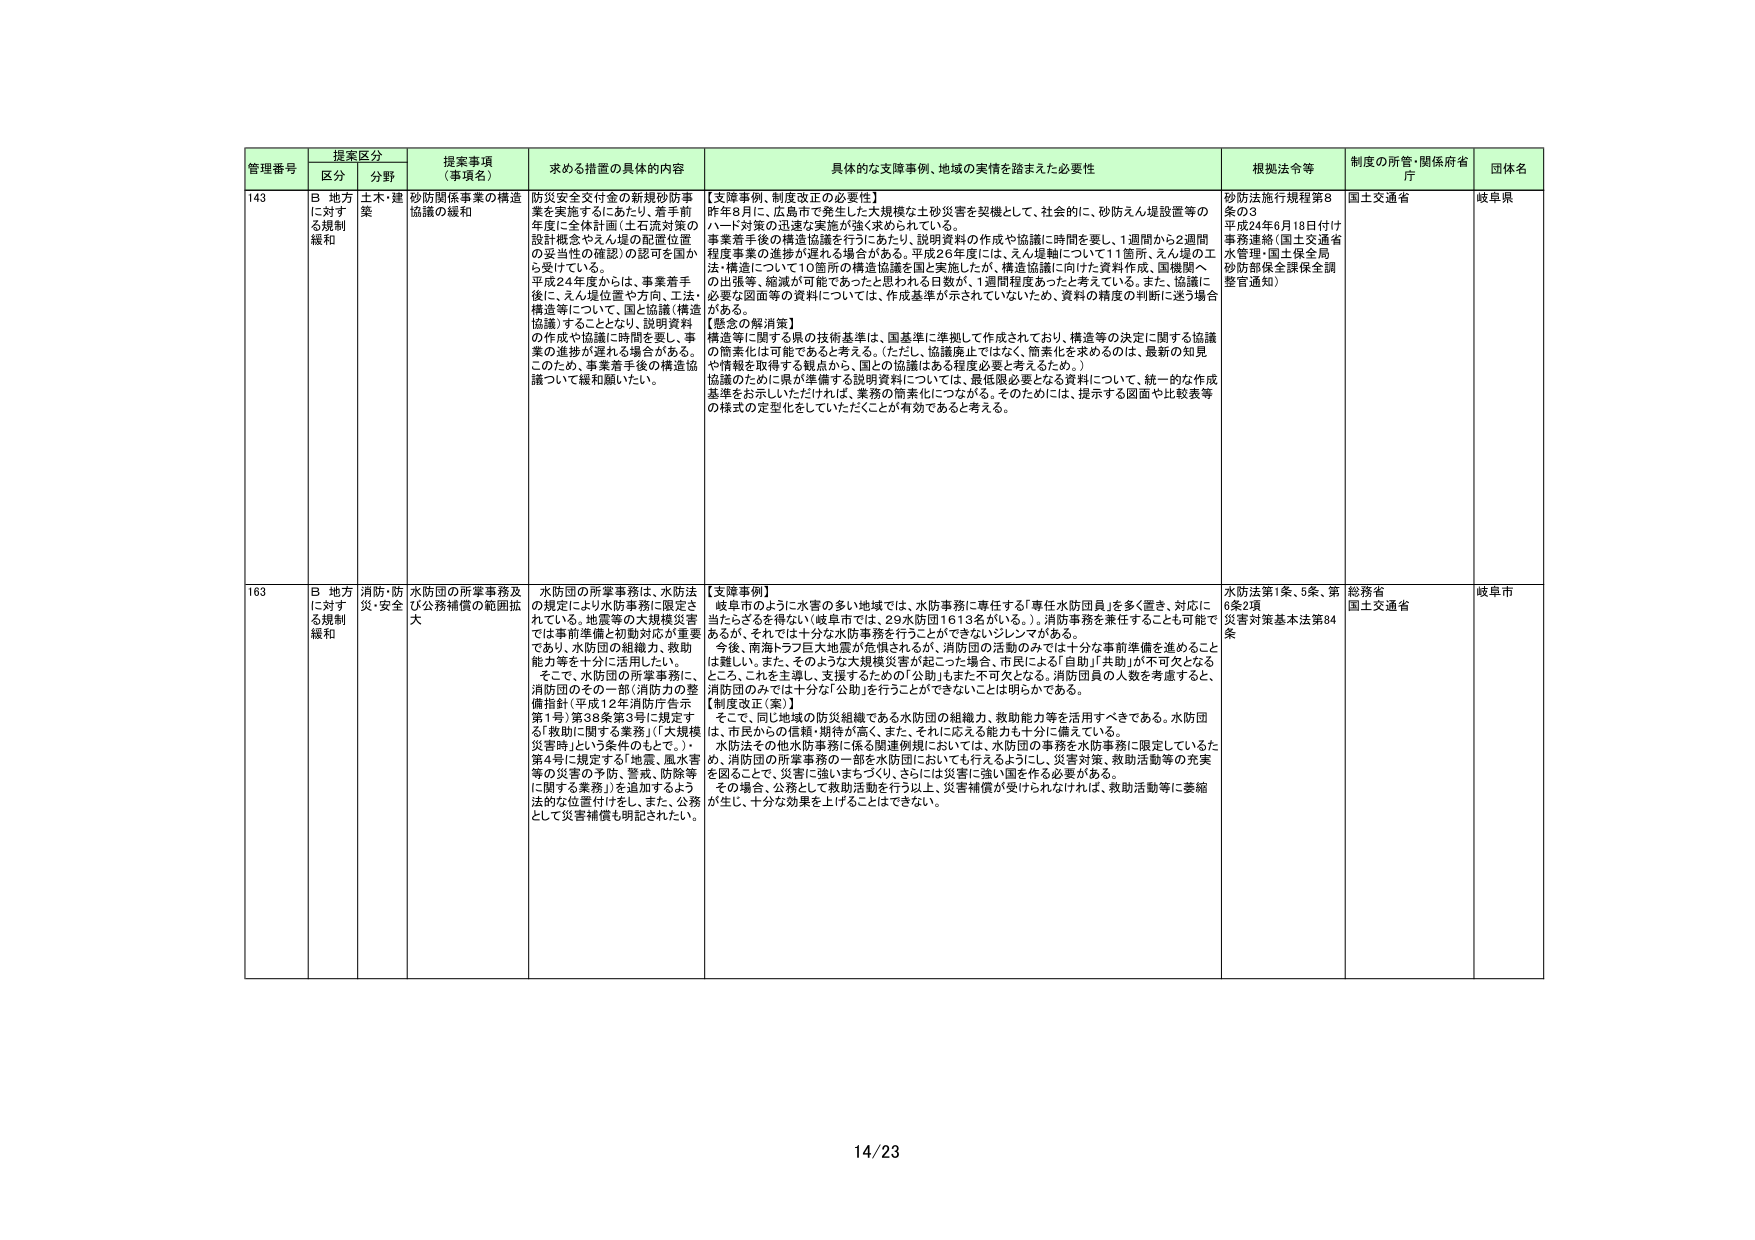
管理番号 提案区分 提案事項（事項名） 求める措置の具体的内容 具体的な支援事例、地域の実情を踏まえた必要性 根拠法令等 制度の所管・関係府省庁 団体名
区分 分野
143 B 地方に対する規制緩和 土木・建築 砂防関係事業の構造協議の緩和 防災安全交付金の新規砂防事業を実施するにあたり、着手前年度に全体計画（土石流対策の設計概念やえん堤の配置位置の妥当性の確認）の認可を国から受けている。平成24年度からは、事業着手後に、えん堤位置や方向、工法・構造等について、国と協議（構造協議）することとなり、説明資料の作成や協議に時間を要し、事業の進捗が遅れる場合がある。このため、事業着手後の構造協議について緩和願いたい。 【支援事例、制度改正の必要性】
昨年8月に、広島市で発生した大規模な土砂災害を契機として、社会的に、砂防えん堤設置等のハード対策の迅速な実施が強く求められている。
事業着手後の構造協議を行うにあたり、説明資料の作成や協議に時間を要し、1週間から2週間程度事業の進捗が遅れる場合がある。平成26年度には、えん堤軸について11箇所、えん堤の工法・構造について10箇所の構造協議を国と実施したが、構造協議に向けた資料作成、国機関への出張等、縮減が可能であったと思われる日数が、1週間程度あったと考えている。また、協議に必要な図面等の資料については、作成基準が示されていないため、資料の精度の判断に迷う場合がある。
【懸念の解消策】
構造等に関する県の技術基準は、国基準に準拠して作成されており、構造等の決定に関する協議の簡素化は可能であると考える。（ただし、協議廃止ではなく、簡素化を求めるのは、最新の知見や情報を取得する観点から、国との協議はある程度必要と考えるため。）
協議のために県が準備する説明資料については、最低限必要となる資料について、統一的な作成基準をお示しいただければ、業務の簡素化につながる。そのためには、提示する図面や比較表等の様式の定型化をしていただくことが有効であると考える。 砂防法施行規程第8条の3
平成24年6月18日付け事務連絡（国土交通省水管理・国土保全局砂防部保全課保全調整官通知） 国土交通省 岐阜県
163 B 地方に対する規制緩和 消防・防災・安全 水防団の所掌事務及び公務補償の範囲拡大 水防団の所掌事務は、水防法の規定により水防事務に限定されている。地震等の大規模災害では事前準備と初期対応が重要であり、水防団の組織力、救助能力等を十分に活用したい。そこで、水防団の所掌事務に、消防団のその一部（消防力の整備指針（平成12年消防庁告示第1号）第38条第3号に規定する「救助に関する業務」（「大規模災害時」という条件のもとで。）、第4号に規定する「地震、風水害等の災害の予防、警戒、防除等に関する業務」）を追加するよう法的な位置付けをし、また、公務として災害補償も明記されたい。 【支援事例】
岐阜市のように水害の多い地域では、水防事務に専任する「専任水防団員」を多く置き、対応に当たることを得ない（岐阜市では、29水防団1613名がいる。）。消防事務を兼任することも可能であるが、それでは十分な水防事務を行うことができないジレンマがある。
今後、南海トラフ巨大地震が危惧されるが、消防団の活動のみでは十分な事前準備を進めることは難しい。また、そのような大規模災害が起こった場合、市民による「自助」「共助」が不可欠となるところ、これを主導し、支援するための「公助」もまた不可欠となる。消防団員の人数を考慮すると、消防団のみでは十分な「公助」を行うことができないことは明らかである。
【制度改正（案）】
そこで、同じ地域の防災組織である水防団の組織力、救助能力等を活用すべきである。水防団は、市民からの信頼・期待が高く、また、それに応える能力も十分に備えている。
水防法その他水防事務に係る関連規則においては、水防団の事務を水防事務に限定しているため、消防団の所掌事務の一部を水防団においても行えるようにし、災害対策、救助活動等の充実を図ることで、災害に強いまちづくり、さらには災害に強い国を作る必要がある。
その場合、公務として救助活動を行う以上、災害補償が受けられなければ、救助活動等に萎縮が生じ、十分な効果を上げることはできない。 水防法第1条、5条、第6条2項
災害対策基本法第84条 総務省
国土交通省 岐阜市
14/23